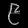
Digit: ၉